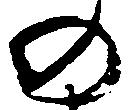
の